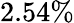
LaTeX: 2.54\%